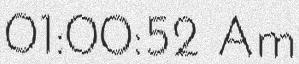
01:00:52 Am